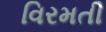
વિરમતી